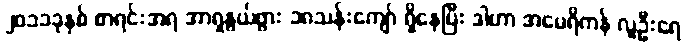
၂၀၁၁ခုနှစ် စာရင်းအရ အာရှနွယ်ဖွား ၁၈သန်းကျော် ရှိနေပြီး ဒါဟာ အမေရိကန် လူဦးရေ